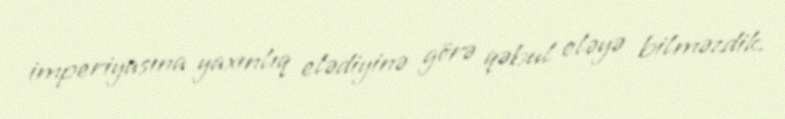
imperiyasına yaxınlıq elədiyinə görə qəbul eləyə bilməzdik.